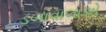
ડબાવાલાએ